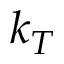
k _ { T }